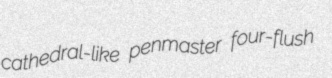
cathedral-like penmaster four-flush